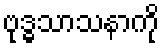
ဗုဒ္ဓသာသနာကို